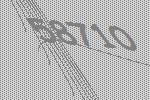
58710